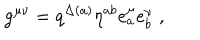
LaTeX: { \tt g } ^ { \mu \nu } = q ^ { \Delta ( a ) } \eta ^ { a b } e _ { a } ^ { \mu } e _ { b } ^ { \nu } \; ,